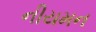
નીયમન